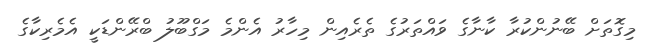
މިގޮތަށް ބޭނުންކުރާ ކާނާގެ ވައްތަރުގެ ތެރެއިން މިހާރު އެންމެ މަގްބޫލު ބްރޭންޑަކީ އެމެރިކާގެ